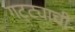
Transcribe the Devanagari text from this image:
गट्ट्याची